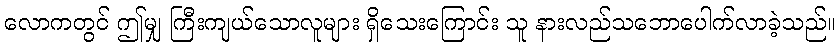
လောကတွင် ဤမျှ ကြီးကျယ်သောလူများ ရှိသေးကြောင်း သူ နားလည်သဘောပေါက်လာခဲ့သည်။